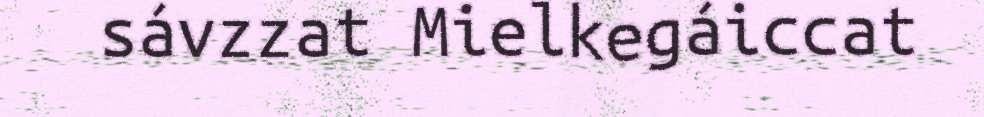
sávzzat Mielkegáiccat